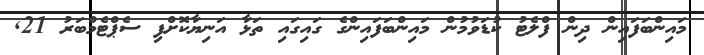
މައިންބަފައިން ދިން ފްލެޓު ކުޑަވުމުން މައިންބަފައިންގެ ގައިގައި ތަޅާ އަނިޔާކޮށްފި ސެޕްޓެމްބަރު 21